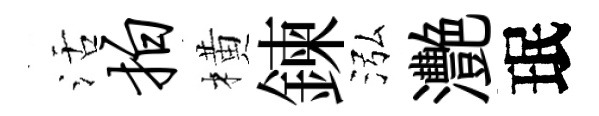
活拍橫鍊泓灧珉